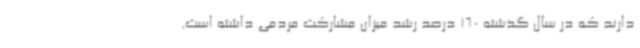
دارند که در سال گذشته 160 درصد رشد میزان مشارکت مردمی داشته است.